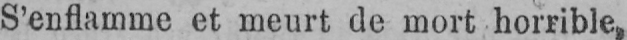
S’enflamme et meurt de mort horrible,